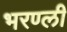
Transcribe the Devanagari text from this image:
भरण्ली